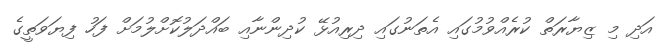
އަދި މި ޒިޔާރަތް ކުރެއްވުމުގައި އެތަނުގައި ދިރިއުޅޭ ކުދިންނާއި ބައްދަލުކޮށްލުމަށް ފަހު ފިޔަވަތީގެ